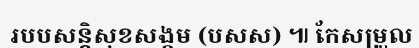
របបសន្តិសុខសង្គម (បសស) ៕ កែសម្រួល